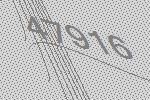
47916